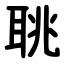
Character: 聎